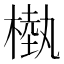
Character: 槸